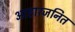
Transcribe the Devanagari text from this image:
आहारजनित